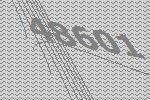
48601